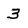
Character: 3